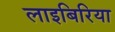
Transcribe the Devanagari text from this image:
लाइबिरिया